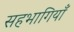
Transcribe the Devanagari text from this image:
सहभागियाँ